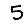
Digit: 5